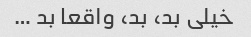
خیلی بد، بد، واقعا بد …